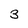
Character: 3